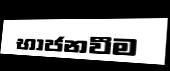
භාජනවීම